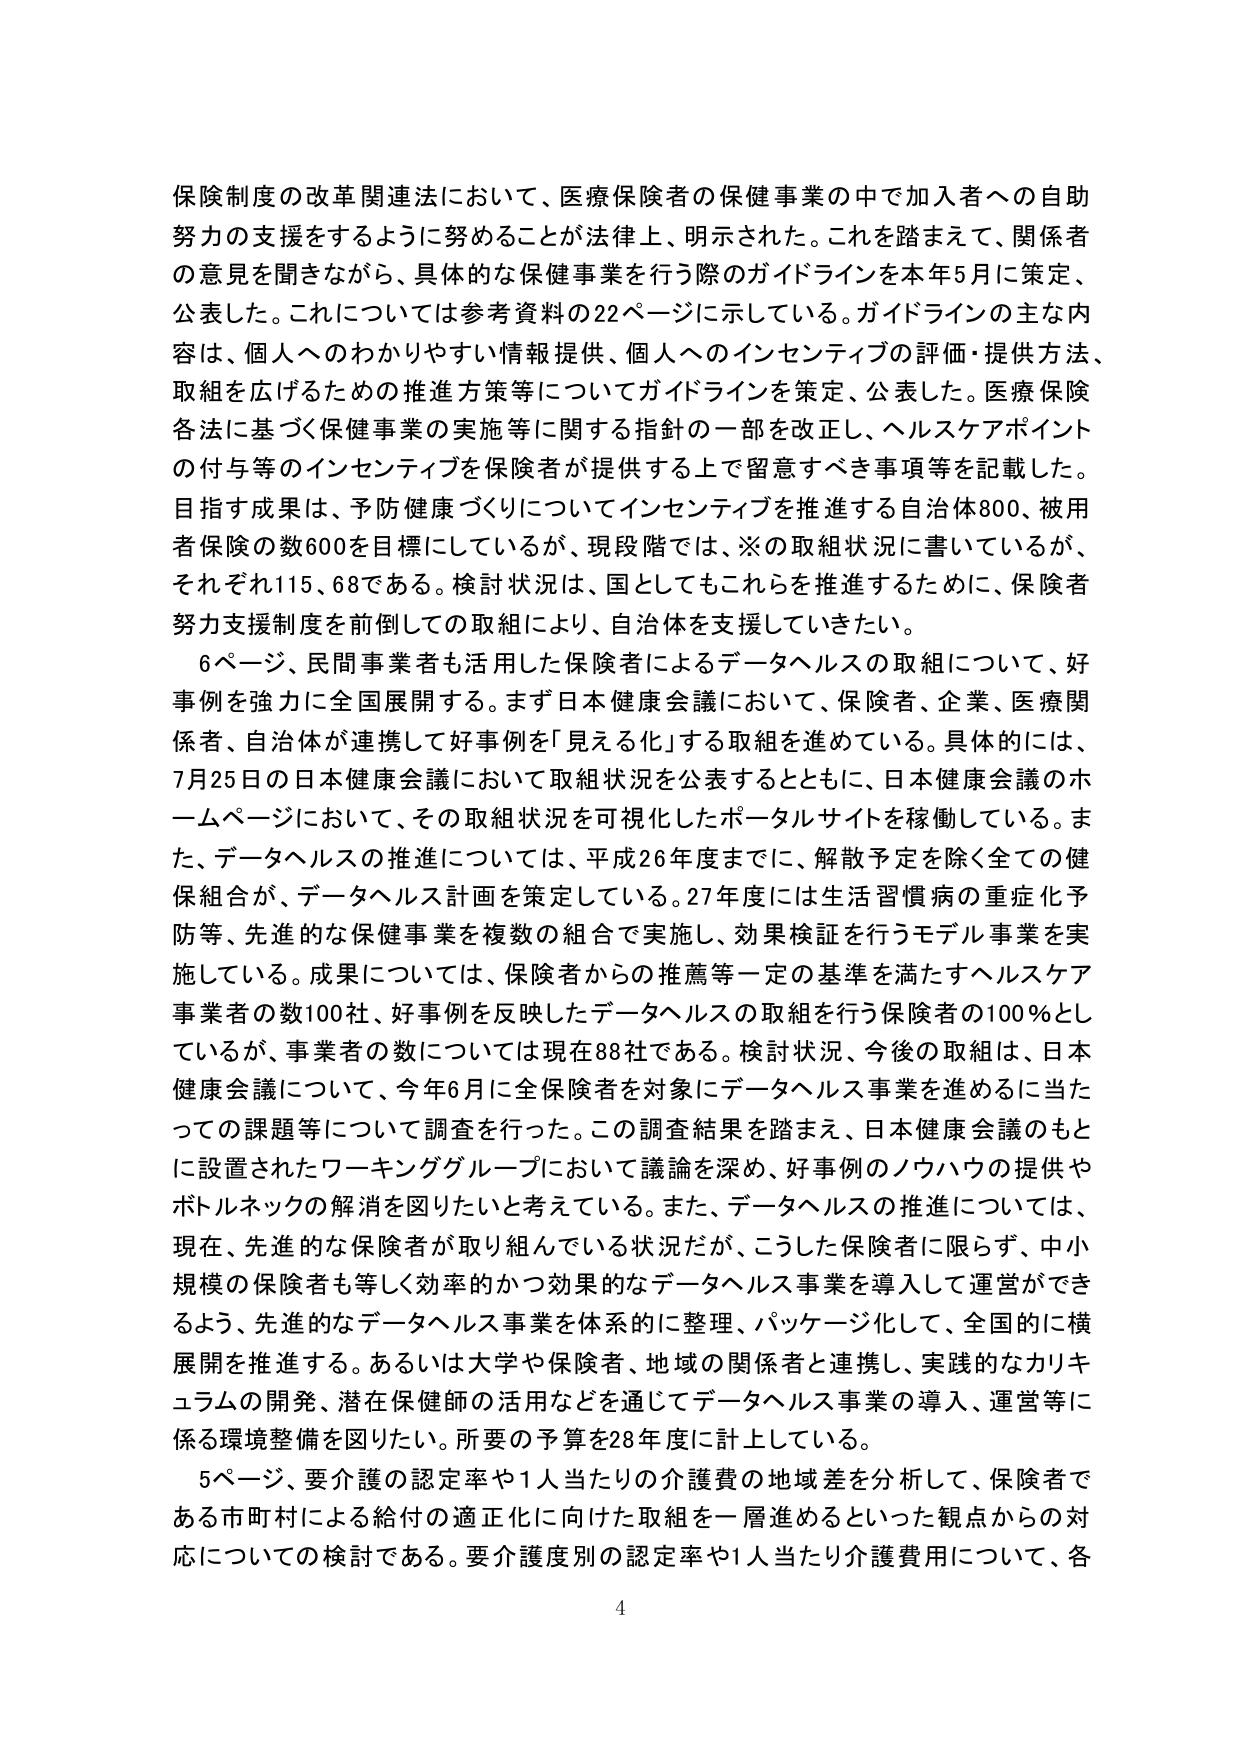
保険制度の改革関連法において、医療保険者の保健事業の中で加入者への自助努力の支援をするように努めることが法律上、明示された。これを踏まえて、関係者の意見を聞きながら、具体的な保健事業を行う際のガイドラインを本年5月に策定、公表した。これについては参考資料の22ページに示している。ガイドラインの主な内容は、個人へのわかりやすい情報提供、個人へのインセンティブの評価・提供方法、取組を広げるための推進方策等についてガイドラインを策定、公表した。医療保険各法に基づく保健事業の実施等に関する指針の一部を改正し、ヘルスケアポイントの付与等のインセンティブを保険者が提供する上で留意すべき事項等を記載した。目指す成果は、予防健康づくりについてインセンティブを推進する自治体800、被用者保険の数600を目標にしているが、現段階では、※の取組状況に書いているが、それぞれ115、68である。検討状況は、国としてもこれらを推進するために、保険者努力支援制度を前倒しての取組により、自治体を支援していきたい。

6ページ、民間事業者も活用した保険者によるデータヘルスの取組について、好事例を強力に全国展開する。まず日本健康会議において、保険者、企業、医療関係者、自治体が連携して好事例を「見える化」する取組を進めている。具体的には、7月25日の日本健康会議において取組状況を公表するとともに、日本健康会議のホームページにおいて、その取組状況を可視化したポータルサイトを稼働している。また、データヘルスの推進については、平成26年度までに、解散予定を除く全ての健保組合が、データヘルス計画を策定している。27年度には生活習慣病の重症化予防等、先進的な保健事業を複数の組合で実施し、効果検証を行うモデル事業を実施している。成果については、保険者からの推薦等一定の基準を満たすヘルスケア事業者の数100社、好事例を反映したデータヘルスの取組を行う保険者の100％としているが、事業者の数については現在88社である。検討状況、今後の取組は、日本健康会議について、今年6月に全保険者を対象にデータヘルス事業を進めるに当たっての課題等について調査を行った。この調査結果を踏まえ、日本健康会議のもとに設置されたワーキンググループにおいて議論を深め、好事例のノウハウの提供やボトルネックの解消を図りたいと考えている。また、データヘルスの推進については、現在、先進的な保険者が取り組んでいる状況だが、こうした保険者に限らず、中小規模の保険者も等しく効率的かつ効果的なデータヘルス事業を導入して運営ができるよう、先進的なデータヘルス事業を体系的に整理、パッケージ化して、全国的に横展開を推進する。あるいは大学や保険者、地域の関係者と連携し、実践的なカリキュラムの開発、潜在保健師の活用などを通じてデータヘルス事業の導入、運営等に係る環境整備を図りたい。所要の予算を28年度に計上している。

5ページ、要介護の認定率や1人当たりの介護費の地域差を分析して、保険者である市町村による給付の適正化に向けた取組を一層進めるといった観点からの対応についての検討である。要介護度別の認定率や1人当たり介護費用について、各

4